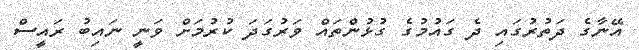
އޭނާގެ ދަތުރުގައި ދެ ގައުމުގެ ގުޅުންތައް ވަރުގަދަ ކުރުމަށް ވަނީ ނައިބު ރައީސް